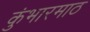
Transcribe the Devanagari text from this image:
कुंभारमाठ